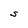
Character: S